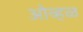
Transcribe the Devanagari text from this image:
ओव्हळ